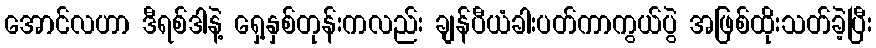
အောင်လဟာ ဒီရစ်ဒါနဲ့ ရှေ့နှစ်တုန်းကလည်း ချန်ပီယံခါးပတ်ကာကွယ်ပွဲ အဖြစ်ထိုးသတ်ခဲ့ပြီး